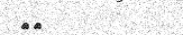
٩٦